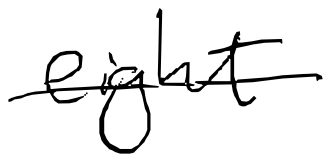
Text: eight
Cross-out: single-line
Writing tool: digital_black